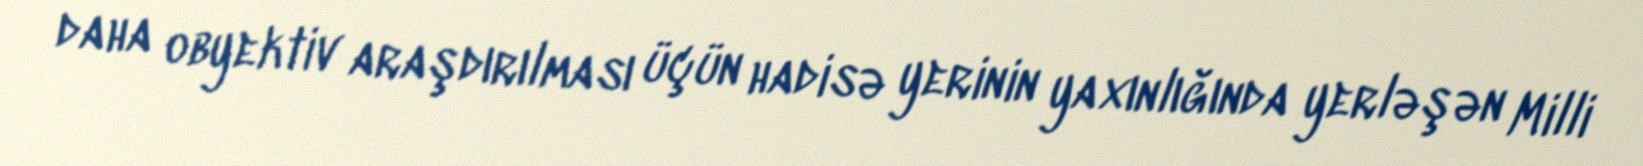
daha obyektiv araşdırılması üçün hadisə yerinin yaxınlığında yerləşən Milli